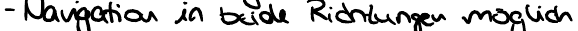
- Navigation in beide Richtungen möglich